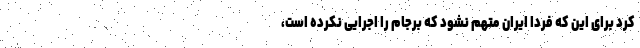
کرد برای این که فردا ایران متهم نشود که برجام را اجرایی نکرده است،